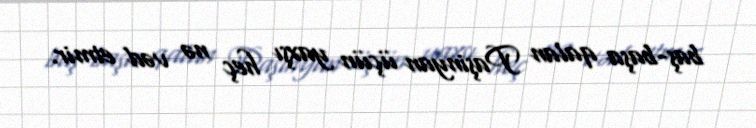
baş-başa qalan Paşinyan üçün yaxşı heç nə vəd etmir.